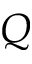
Q